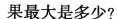
果最大，那么算式的结果最大是多少?5□5□5□5□5